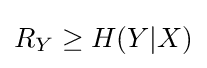
R_{Y}\geq H(Y|X)